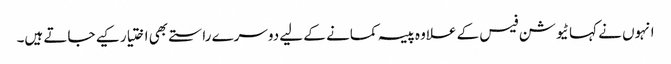
انہوں نے کہا ٹیوشن فیس کے علاوہ پیسہ کمانے کے لیے دوسرے راستے بھی اختیار کیے جاتے ہیں۔